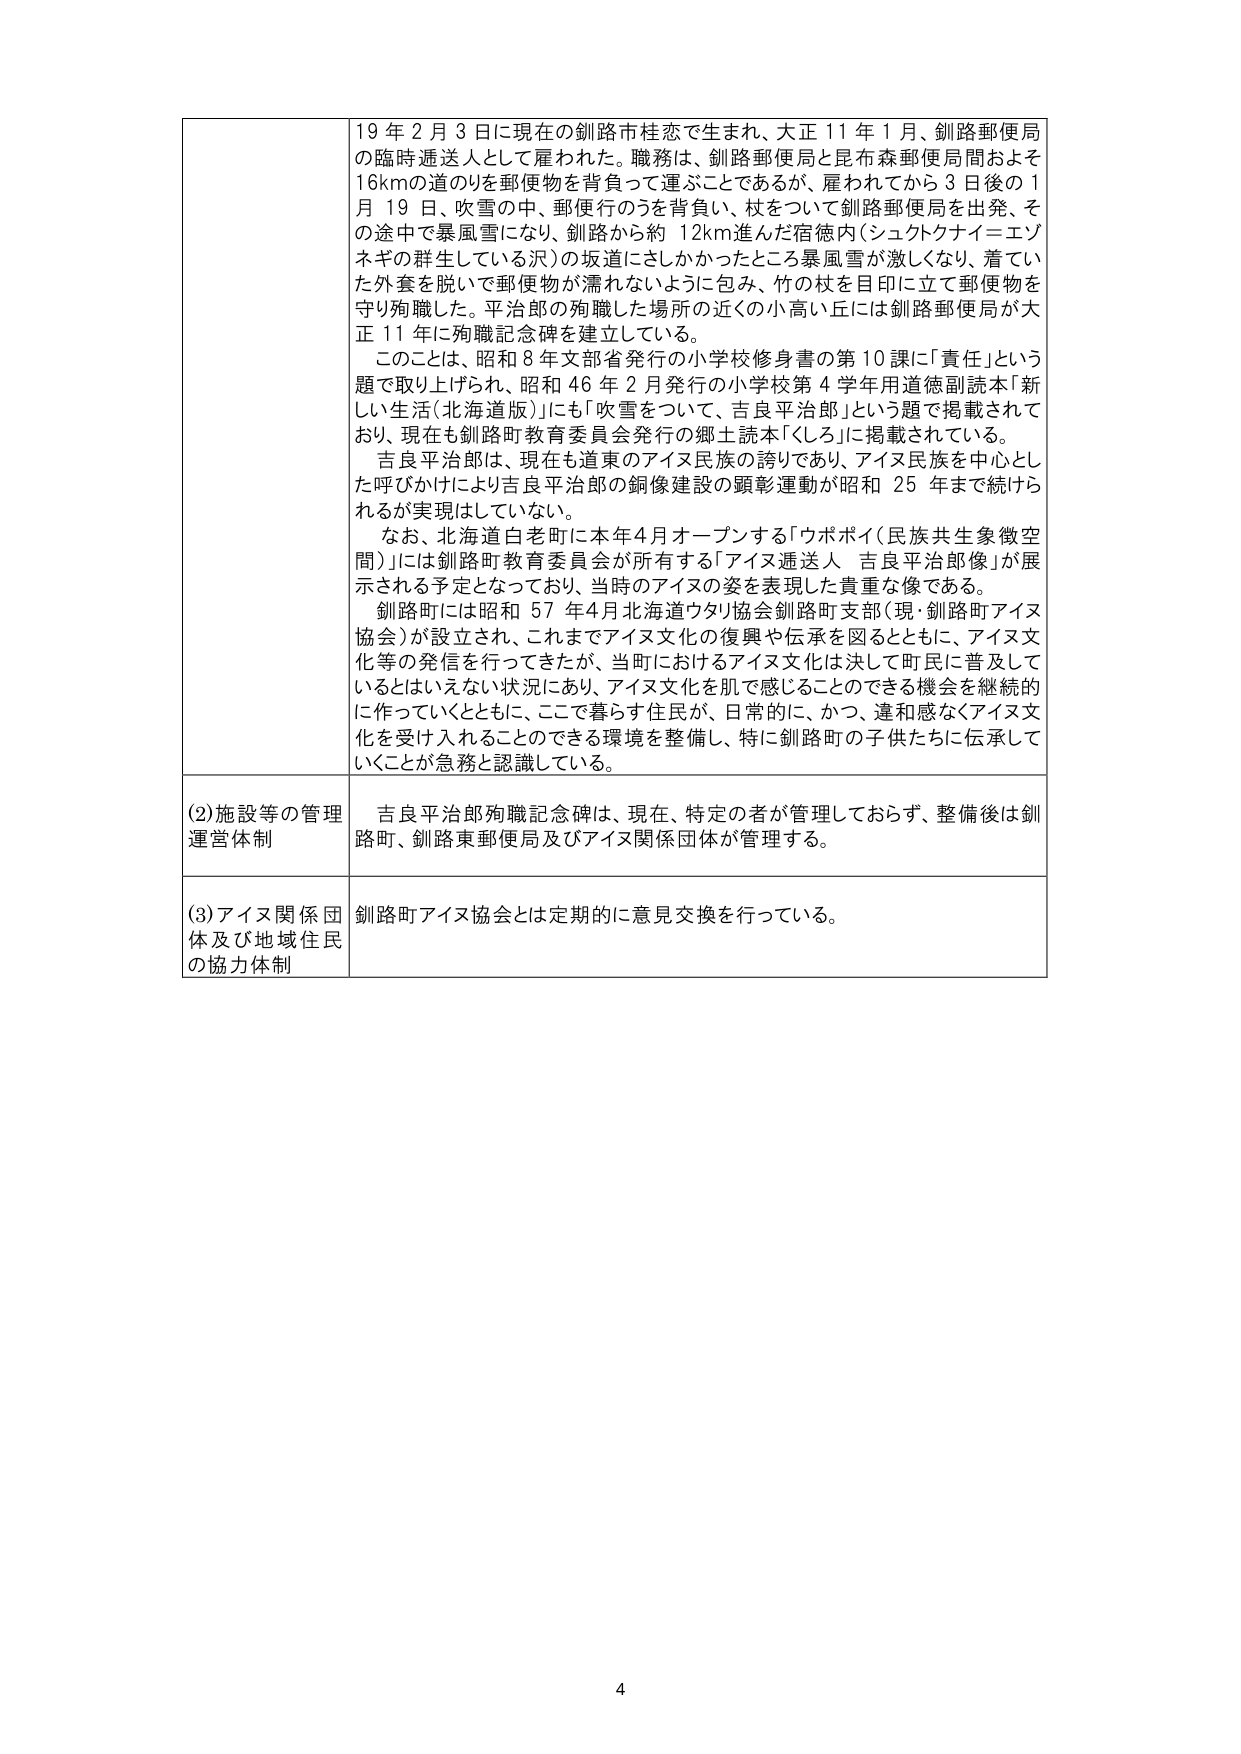
19年2月3日に現在の釧路市桂恋で生まれ、大正11年1月、釧路郵便局の臨時逓送人として雇われた。職務は、釧路郵便局と昆布森郵便局間およそ16kmの道のりを郵便物を背負って運ぶことであるが、雇われてから3日後の1月19日、吹雪の中、郵便行のうを背負い、杖をついて釧路郵便局を出発、その途中で暴風雪になり、釧路から約12km進んだ宿徳内（シュククナイ＝エゾネギの群生している沢）の坂道にさしかかったところ暴風雪が激しくなり、着ていた外套を脱いで郵便物が濡れないように包み、竹の杖を目印として郵便物を守り殉職した。平治郎の殉職した場所の近くの小高い丘には釧路郵便局が大正11年に殉職記念碑を建立している。

このことは、昭和8年文部省発行の小学校修身書の第10課に「責任」という題で取り上げられ、昭和46年2月発行の小学校第4学年用道徳副読本「新しい生活（北海道版）」にも「吹雪をついて、吉良平治郎」という題で掲載されており、現在も釧路町教育委員会発行の郷土読本「くろ」に掲載されている。

吉良平治郎は、現在も道東のアイヌ民族の誇りであり、アイヌ民族を中心とした呼びかけにより吉良平治郎の銅像建設の顕彰運動が昭和25年まで続けられるが実現はしていない。

なお、北海道白老町に本年4月オープンする「ウポポイ（民族共生象徴空間）」には釧路町教育委員会が所有する「アイヌ逓送人 吉良平治郎像」が展示される予定となっており、当時のアイヌの姿を表現した貴重な像である。

釧路町には昭和57年4月北海道ウタリ協会釧路町支部（現・釧路町アイヌ協会）が設立され、これまでアイヌ文化の復興や伝承を図るとともに、アイヌ文化等の発信を行ってきたが、当町におけるアイヌ文化は決して町民に普及しているとはいえない状況にあり、アイヌ文化を肌で感じることのできる機会を継続的に作っていくとともに、ここで暮らす住民が、日常的に、かつ、違和感なくアイヌ文化を受け入れることのできる環境を整備し、特に釧路町の子供たちに伝承していくことが急務と認識している。

(2)施設等の管理運営体制 吉良平治郎殉職記念碑は、現在、特定の者が管理しておらず、整備後は釧路町、釧路東郵便局及びアイヌ関係団体が管理する。

(3)アイヌ関係団体及び地域住民の協力体制 釧路町アイヌ協会とは定期的に意見交換を行っている。

4